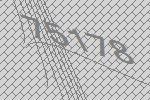
75178